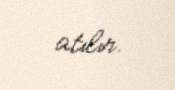
atılır.